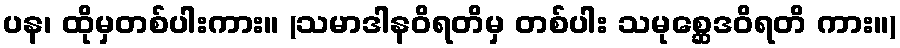
ပန၊ ထိုမှတစ်ပါးကား။ (သမာဒါနဝိရတိမှ တစ်ပါး သမုစ္ဆေဒဝိရတိ ကား။)